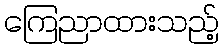
ကြေညာထားသည့်